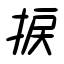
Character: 捩